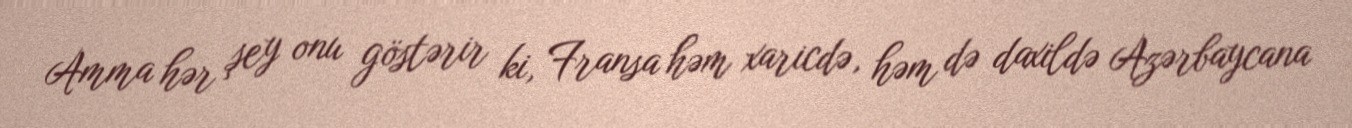
Amma hər şey onu göstərir ki, Fransa həm xaricdə, həm də daxildə Azərbaycana